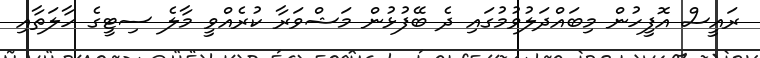
ރައީސް އޮފީހުން މިބައްދަލުވުމުގައި ދެ ބޭފުޅުން މަޝްވަރާ ކުރެއްވީ މާލެ ސިޓީގެ ހާލަތާއި